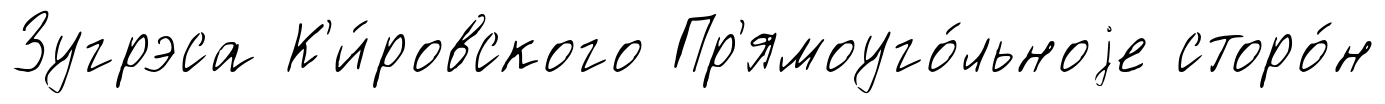
Зугрэса К'и́ровского Пр'ямоуго́льноjе сторо́н